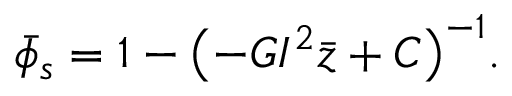
\bar { \phi } _ { s } = 1 - \bigl ( - G I ^ { 2 } \bar { z } + C \bigr ) ^ { - 1 } .